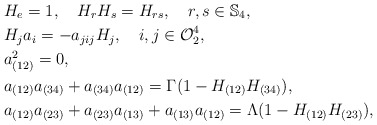
\begin{align*} & H_e=1, \,\,\, \,\,\, H_rH_s=H_{rs}, \,\,\, \,\,\, r, s\in \mathbb{S}_4,\\ & H_j a_i = -a_{jij} H_j, \,\,\, \,\,\, i, j\in \mathcal{O}^4_2, \\ & a^2_{(12)}=0, \\ & a_{(12)}a_{(34)} + a_{(34)}a_{(12)} = \Gamma(1 - H_{(12)}H_{(34)}), \\ & a_{(12)}a_{(23)} + a_{(23)}a_{(13)} + a_{(13)}a_{(12)} = \Lambda(1 - H_{(12)}H_{(23)}), \end{align*}